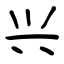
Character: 兴